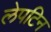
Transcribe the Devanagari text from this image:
लेपटिन